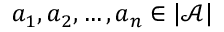
a _ { 1 } , a _ { 2 } , \dots , a _ { n } \in | { \mathcal { A } } |